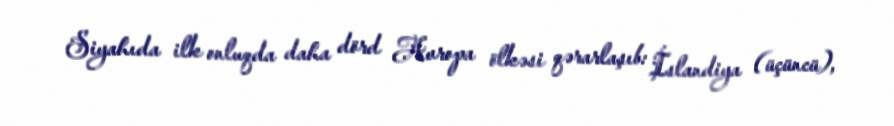
Siyahıda ilk onluqda daha dörd Avropa ölkəsi qərarlaşıb: İslandiya (üçüncü),